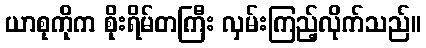
ယာစုကိုက စိုးရိမ်တကြီး လှမ်းကြည့်လိုက်သည်။